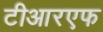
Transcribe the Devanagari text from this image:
टीआरएफ